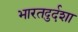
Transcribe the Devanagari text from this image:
भारतदुर्दशा